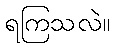
ရကြသလဲ။